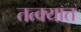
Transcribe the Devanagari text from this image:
तत्क्यात